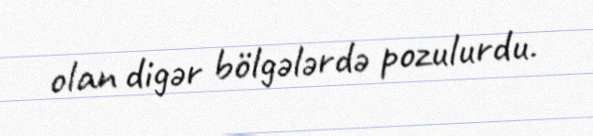
olan digər bölgələrdə pozulurdu.